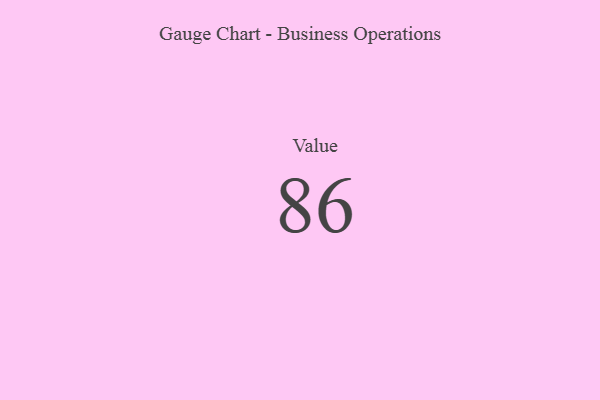
{"axis": {"x": "Metric", "y": "Value"}, "legend": [""], "data": [{"x": "Value", "y": 86, "type": ""}]}